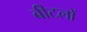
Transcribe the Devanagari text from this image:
बीटलों